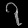
Digit: ၇